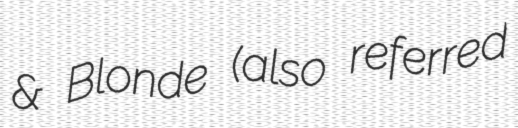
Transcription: & Blonde (also referred